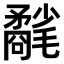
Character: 𣰲